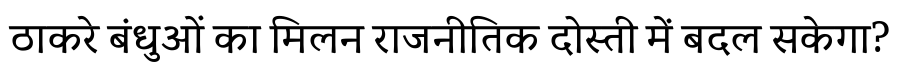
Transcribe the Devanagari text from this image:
ठाकरे बंधुओं का मिलन राजनीतिक दोस्ती में बदल सकेगा?